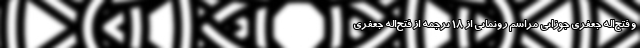
و فتح‌اله جعفری جوزانی مراسم رونمایی از ۱۸ ترجمه‌ از فتح‌اله جعفری